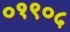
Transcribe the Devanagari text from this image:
०१९०५